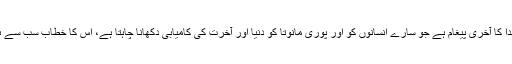
یہ خدا کا آخری پیغام ہے جو سارے انسانوں کو اور پوری مانوتا کو دنیا اور آخرت کی کامیابی دکھانا چاہتا ہے، اس کا خطاب سب سے ہے ۔